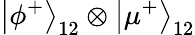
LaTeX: \left|\phi^{+}\right\rangle_{12}\otimes\left|\mu^{+}\right\rangle_{12}